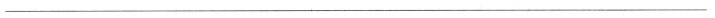
___